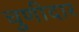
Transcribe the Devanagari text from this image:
चुणीदार